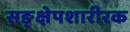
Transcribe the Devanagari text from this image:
सङ्क्षेपशारीरक